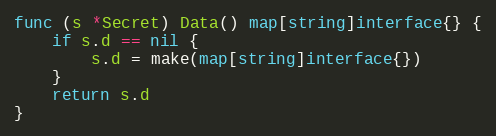
Language: Go
func (s *Secret) Data() map[string]interface{} {
	if s.d == nil {
		s.d = make(map[string]interface{})
	}
	return s.d
}